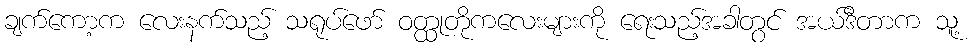
ချက်ကော့က လေးနက်သည့် သရုပ်ဖော် ဝတ္ထုတိုကလေးများကို ရေးသည့်အခါတွင် အယ်ဒီတာက သူ့